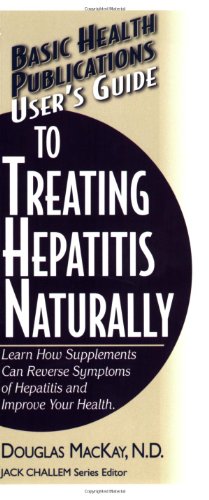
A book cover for User's Guide to Treating Hepatitis Naturally (Basic Health Publications User's Guide); Douglas MacKay; Health, Fitness & Dieting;